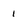
Character: 1